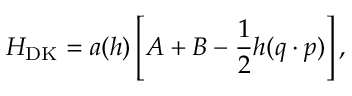
H _ { \mathrm { D K } } = a ( h ) \left[ A + B - \frac 1 2 h ( \boldsymbol { q } \cdot \boldsymbol { p } ) \right] ,